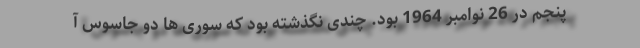
پنجم در 26 نوامبر 1964 بود. چندی نگذشته بود که سوری ها دو جاسوس آ